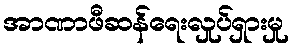
အာဏာဖီဆန်ရေးလှုပ်ရှားမှု